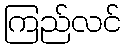
ကြည်လင်